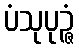
ပံသုပုဉ္ဇံ